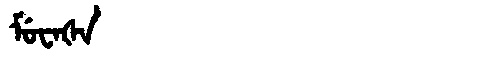
Manchu: ᠮᡠᠸᠠᡧᠠ
Romanization: MUWAŠA